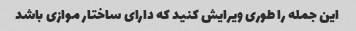
این جمله را طوری ویرایش کنید که دارای ساختار موازی باشد